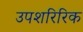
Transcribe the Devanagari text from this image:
उपशरिरिक